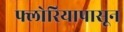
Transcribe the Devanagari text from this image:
फ्लोरियापासून